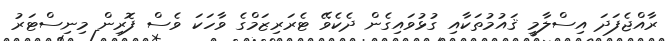
ރާއްޖެފަދަ އިސްލާމީ ޤައުމުތަކާއި ގުޅުވައިގެން ދެކެވޭ ޓެރަރިޒަމްގެ ވާހަކަ ވެސް ފޮރިން މިނިސްޓަރު